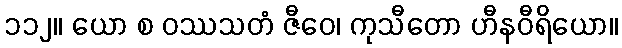
၁၁၂။ ယော စ ဝဿသတံ ဇီဝေ၊ ကုသီတော ဟီနဝီရိယော။